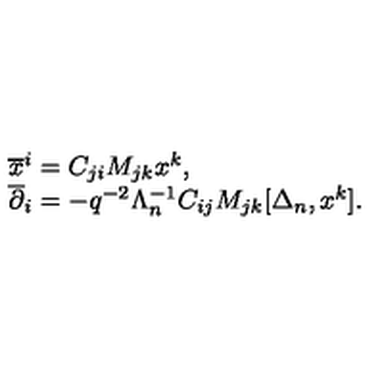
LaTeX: \begin{array} { l } { { \overline { x } ^ { i } } = C _ { j i } M _ { j k } x ^ { k } , } \\ { { \overline { \partial } _ { i } } = - q ^ { - 2 } \Lambda _ { n } ^ { - 1 } C _ { i j } M _ { j k } [ \Delta _ { n } , x ^ { k } ] . } \\ \end{array}